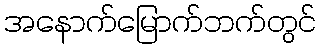
အနောက်မြောက်ဘက်တွင်